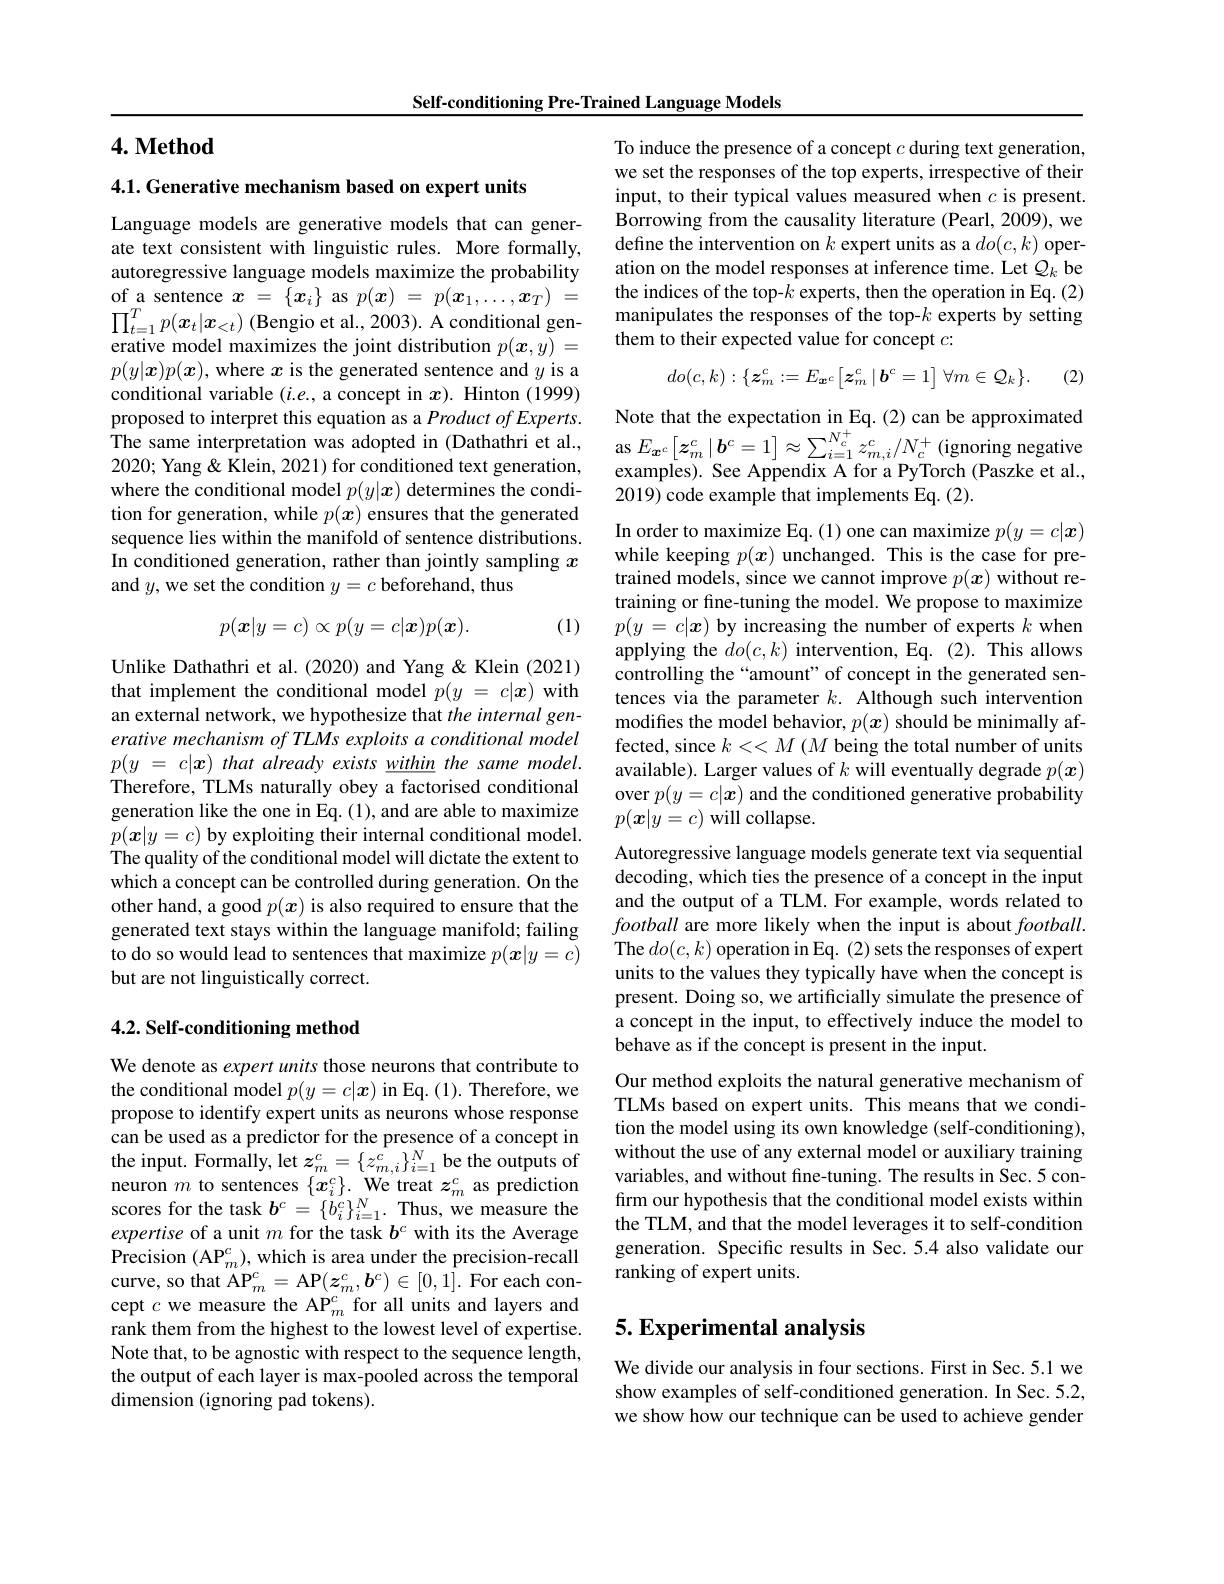
Self-conditioning Pre-Trained Language Models

### $4. \textbf{Method}$

4.1. Generative mechanism based on expert units

Language models are generative models that can generate text consistent with linguistic rules. More formally, autoregressive language models maximize the probability of a sentence $x=\{x_i\}$ as $p(\boldsymbol{x})=p(\boldsymbol{x}_1,\ldots,\boldsymbol{x}_T)=$ $\prod_{t=1}^Tp(x_t|x_{<t})$ (Bengio et al., 2003). A conditional generative model maximizes the joint distribution $p(\boldsymbol{x},y)=$ $p(y|\boldsymbol{x})p(\boldsymbol{x})$, where $x$ is the generated sentence and $y$ is a conditional variable $(i.e.$, a concept in $x).$ Hinton (1999) proposed to interpret this equation as a Product of Experts. The same interpretation was adopted in (Dathathri et al., 2020; Yang & Klein, 2021) for conditioned text generation, where the conditional model $p(y|\boldsymbol{x})$ determines the condition for generation, while $p(x)$ ensures that the generated sequence lies within the manifold of sentence distributions. In conditioned generation, rather than jointly sampling $x$ and $y$,we set the condition $y=c$ beforehand, thus
$$p(\boldsymbol{x}|y=c)\propto p(y=c|\boldsymbol{x})p(\boldsymbol{x}).$$
(1)

Unlike Dathathri et al.(2020) and Yang&Klein (2021) that implement the conditional model $p( y$ = $c| \boldsymbol{x})$ with an external network, we hypothesize that the internal generative mechanism of TLMs exploits a conditional model $p( y$ = $c| \boldsymbol{x})$ that already exists $\underline {within}$ the same $model.$ Therefore, TLMs naturally obey a factorised conditional generation like the one in Eq. (1), and are able to maximize $p(\boldsymbol{x}|y=c)$ by exploiting their internal conditional model. The quality of the conditional model will dictate the extent to which a concept can be controlled during generation. On the other hand, a good $p(\boldsymbol{x})$ is also required to ensure that the generated text stays within the language manifold; failing to do so would lead to sentences that maximize $p(\boldsymbol{x}|y=c)$ but are not linguistically correct.

### $4. 2. \textbf{ Self- conditioning method}$

We denote as expert units those neurons that contribute to the conditional model $p(y=c|\boldsymbol{x})$ in Eq. (1). Therefore, we propose to identify expert units as neurons whose response can be used as a predictor for the presence of a concept in the input. Formally, let $z_m^c=\{z_{m,i}^c\}_{i=1}^N$ be the outputs of neuron $m$ to sentences $\{x_i^c\}.$ We treat $z_m^c$ as prediction scores for the task $b^c=\{b_i^c\}_{i=1}^N.$ Thus, we measure the expertise of a unit $m$ for the task $b^c$ with its the Average Precision $(\mathrm{AP}_{m}^{c})$,which is area under the precision-recall curve, so that AP$_m^{c}=$AP$(z_m^{c},\boldsymbol{b}^{c})\in[0,1].$ For each concept $c$ we measure the AP$_m^c$ for all units and layers and rank them from the highest to the lowest level of expertise. Note that, to be agnostic with respect to the sequence length, the output of each layer is max-pooled across the temporal dimension (ignoring pad tokens).

To induce the presence of a concept $c$ during text generation, we set the responses of the top experts, irrespective of their input, to their typical values measured when $c$ is present. Borrowing from the causality literature (Pearl, 2009), we define the intervention on $k$ expert units as a $do(c,k)$ operation on the model responses at inference time. Let $\mathcal{Q}_k$ be the indices of the top-$k$ experts, then the operation in Eq.(2) manipulates the responses of the top-$k$ experts by setting them to their expected value for concept $c:$
$$do(c,k):\{\boldsymbol{z}_{m}^{c}:=E_{\boldsymbol{x}^{c}}\big[\boldsymbol{z}_{m}^{c}\big|\boldsymbol{b}^{c}=1\big]\:\forall m\in\mathcal{Q}_{k}\}.$$
(2)

Note that the expectation in Eq.(2)can be approximated as $E_{\boldsymbol{x}^{c}}\left[\boldsymbol{z}_{m}^{c}\mid\boldsymbol{b}^{c}=1\right]\approx\sum_{i=1}^{N_{c}^{+}}z_{m,i}^{c}/N_{c}^{+}$ (ignoring negative examples). See Appendix A for a PyTorch (Paszke et al., 2019) code example that implements Eq. (2).

In order to maximize Eq.(1) one can maximize $p(y=c|\boldsymbol{x})$ while keeping $p(\boldsymbol{x})$ unchanged. This is the case for pretrained models, since we cannot improve $p(x)$ without retraining or fine-tuning the model. We propose to maximize $p(y=c|\boldsymbol{x})$ by increasing the number of experts $k$ when applying the $do(c,k)$ intervention, Eq. (2). This allows controlling the “amount” of concept in the generated sentences via the parameter $k.$ Although such intervention modifies the model behavior, $p(\boldsymbol{x})$ should be minimally affected, since $k<<M(M$ being the total number of units available). Larger values of $k$ will eventually degrade $p(x)$ over $p(y=c|x)$ and the conditioned generative probability $p(\boldsymbol{x}|y=c)$ will collapse.

Autoregressive language models generate text via sequential decoding, which ties the presence of a concept in the input and the output of a TLM. For example, words related to football are more likely when the input is about $football.$ The $do(c,k)$ operation in Eq. (2) sets the responses of expert units to the values they typically have when the concept is present. Doing so, we artificially simulate the presence of a concept in the input, to effectively induce the model to behave as if the concept is present in the input.
Our method exploits the natural generative mechanism of TLMs based on expert units. This means that we condition the model using its own knowledge (self-conditioning), without the use of any external model or auxiliary training variables, and without fine-tuning. The results in Sec. 5 confırm our hypothesis that the conditional model exists within the TLM, and that the model leverages it to self-condition generation. Specific results in Sec. 5.4 also validate our ranking of expert units.

## 5. Experimental analysis

We divide our analysis in four sections. First in Sec. 5.1 we show examples of self-conditioned generation. In Sec. 5.2, we show how our technique can be used to achieve gender